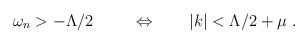
LaTeX: \begin{align*}\omega_n > -\Lambda/2 \ \qquad \Leftrightarrow \qquad |k|< \Lambda/2 + \mu \ .\end{align*}